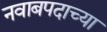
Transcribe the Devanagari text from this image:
नवाबपदाच्या